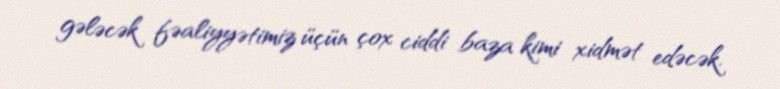
gələcək fəaliyyətimiz üçün çox ciddi baza kimi xidmət edəcək.